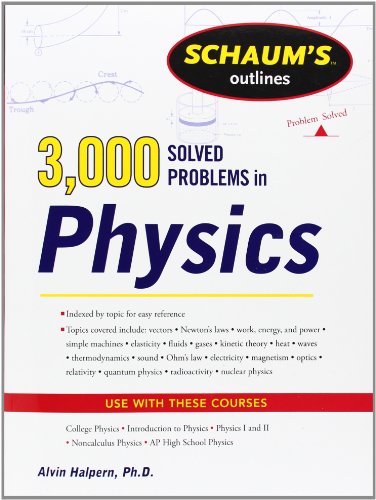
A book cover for Schaum's 3,000 Solved Problems in Physics (Schaum's Outlines); Alvin Halpern; Test Preparation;